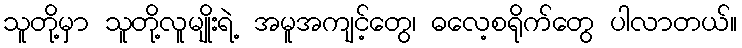
သူတို့မှာ သူတို့လူမျိုးရဲ့ အမူအကျင့်တွေ၊ ဓလေ့စရိုက်တွေ ပါလာတယ်။